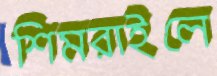
শিমরাইলে